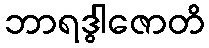
ဘာရဒွါဇောတိ